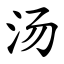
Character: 汤